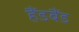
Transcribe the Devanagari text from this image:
हैंडबैंड